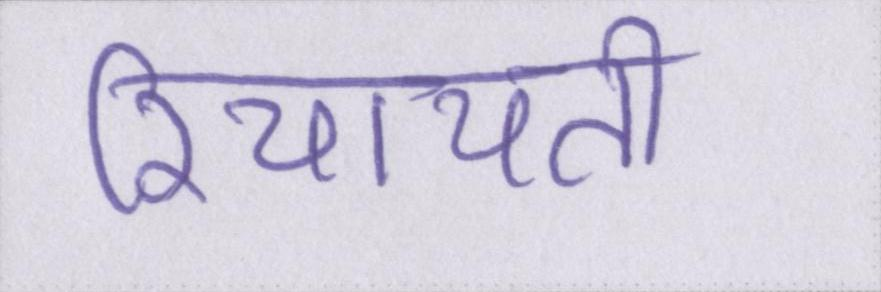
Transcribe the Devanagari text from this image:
रियायती